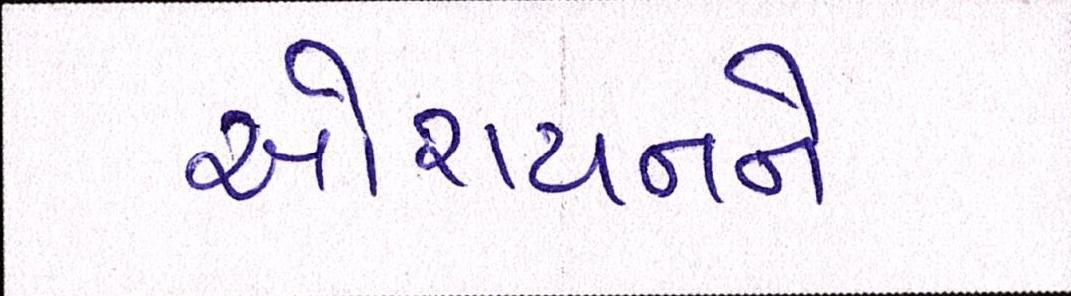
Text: ઓરાયનને